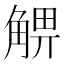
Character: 𧤃